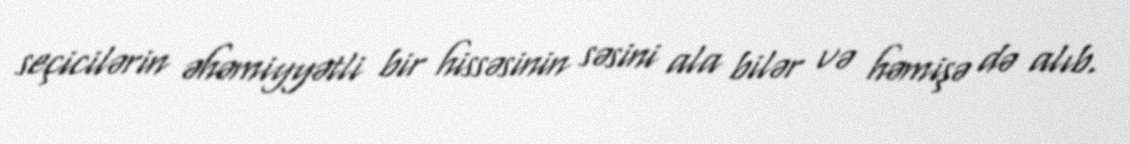
seçicilərin əhəmiyyətli bir hissəsinin səsini ala bilər və həmişə də alıb.